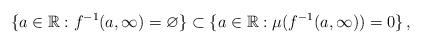
LaTeX: \begin{align*}\{a\in \mathbb{R}:f^{-1}(a,\infty)=\varnothing\}\subset\{a\in \mathbb{R}:\mu(f^{-1}(a,\infty))=0\}\,,\end{align*}